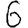
Digit: 6